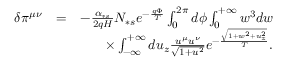
\begin{array} { r l r } { \delta \pi ^ { \mu \nu } } & { = } & { - \frac { \alpha _ { \ast s } } { 2 q H } N _ { \ast s } e ^ { - \frac { q \Phi } { T } } \int _ { 0 } ^ { 2 \pi } d \phi \int _ { 0 } ^ { + \infty } w ^ { 3 } d w } \\ & { } & { \times \int _ { - \infty } ^ { + \infty } d u _ { z } \frac { u ^ { \mu } u ^ { \nu } } { \sqrt { 1 + u ^ { 2 } } } e ^ { - \frac { \sqrt { 1 + w ^ { 2 } + u _ { z } ^ { 2 } } } { T } } . } \end{array}